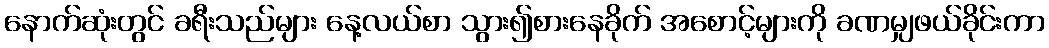
နောက်ဆုံးတွင် ခရီးသည်များ နေ့လယ်စာ သွား၍စားနေခိုက် အစောင့်များကို ခဏမျှဖယ်ခိုင်းကာ